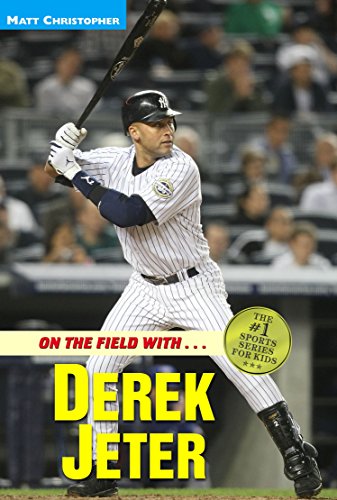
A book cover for On the Field with...Derek Jeter (Athlete Biographies); Matt Christopher; Children's Books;